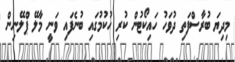
މިދިޔަ ބުރާސްފަތި ދުވަހު ހައިކޯޓުން ކުރި ހުކުމުގައި ބުނެފައި ވަނީ މާލޭ ޕްލޭނިން